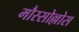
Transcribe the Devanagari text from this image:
मौस्सोल्लोस